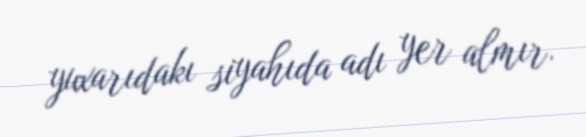
yuxarıdakı siyahıda adı yer almır.